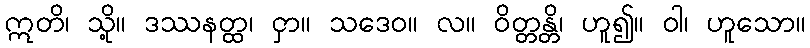
ဣတိ၊ သို့။ ဒဿနတ္ထ၊ ငှာ။ သဒေဝ။ လ။ ဝိတ္တန္တိ၊ ဟူ၍။ ဝါ၊ ဟူသော။